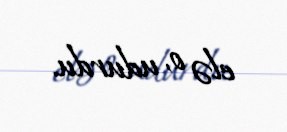
elə o, udurdu.